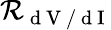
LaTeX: \mathcal{R}_{\mathrm{{~d~V~/~d~I~}}}